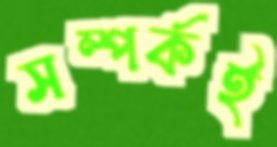
সম্পর্কই